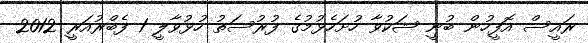
ރައީސް އޮފީހުން ބުނީ ޝަކުވާ ހުށަހެޅުމުގެ ފުރުސަތު ހުޅުވާލީ 1 ފެބްރުއަރީ 2012